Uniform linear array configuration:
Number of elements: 48
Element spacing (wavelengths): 0.25
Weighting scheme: hamming
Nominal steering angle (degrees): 30
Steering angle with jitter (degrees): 29.537
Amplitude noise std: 0.05
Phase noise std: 0.05

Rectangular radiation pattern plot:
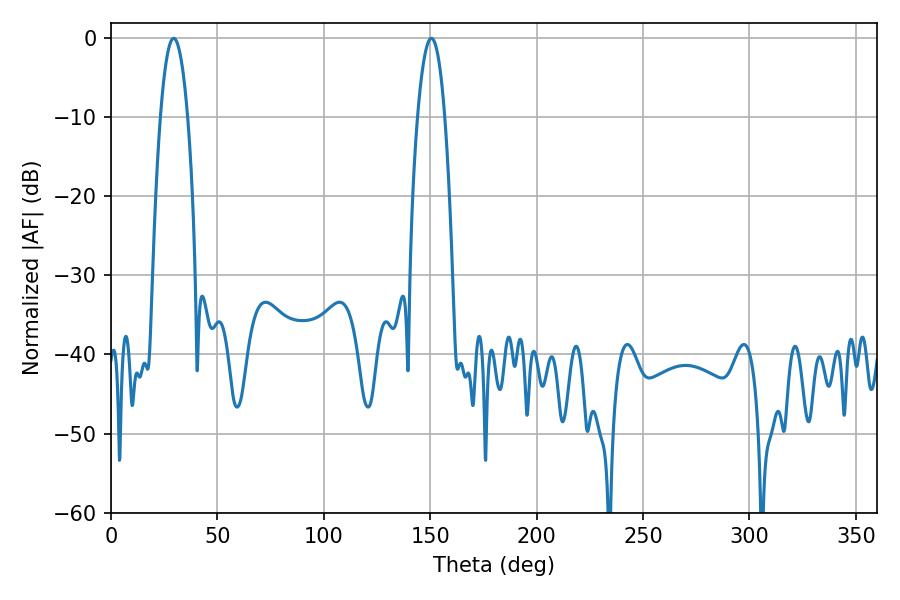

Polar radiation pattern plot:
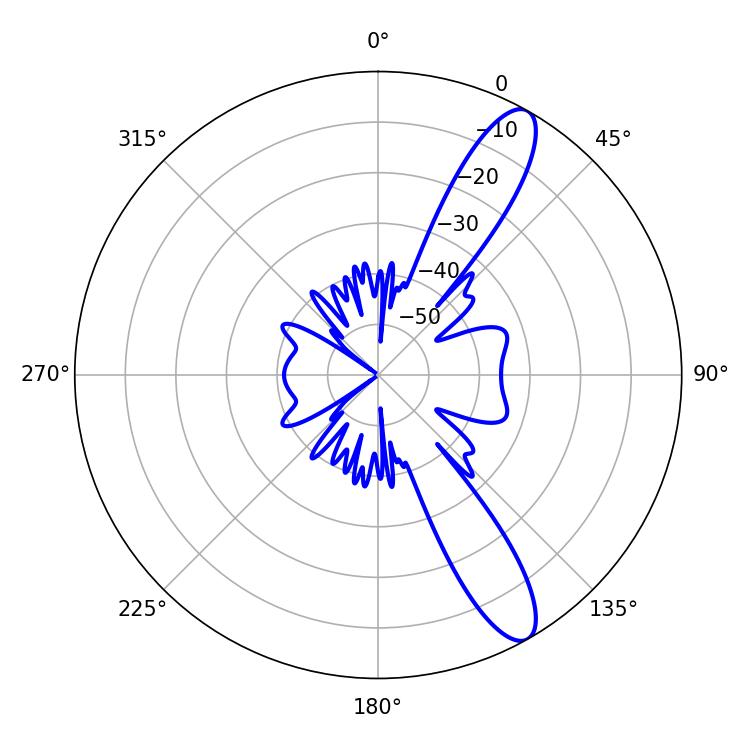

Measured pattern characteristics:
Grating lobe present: FALSE
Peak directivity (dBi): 11.836
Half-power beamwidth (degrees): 7.2
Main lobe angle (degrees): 29.52